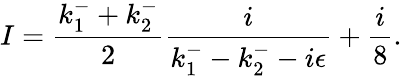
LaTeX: I=\frac{k_{1}^{-}+k_{2}^{-}}{2}\frac{i}{k_{1}^{-}-k_{2}^{-}-i\epsilon}+\frac{i}{8}.